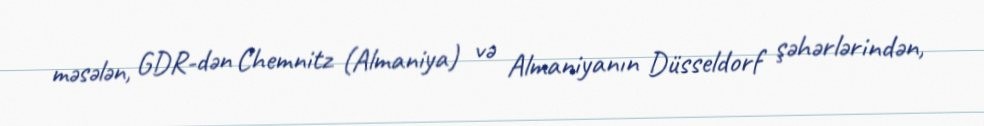
məsələn, GDR-dən Chemnitz (Almaniya) və Almaniyanın Düsseldorf şəhərlərindən,